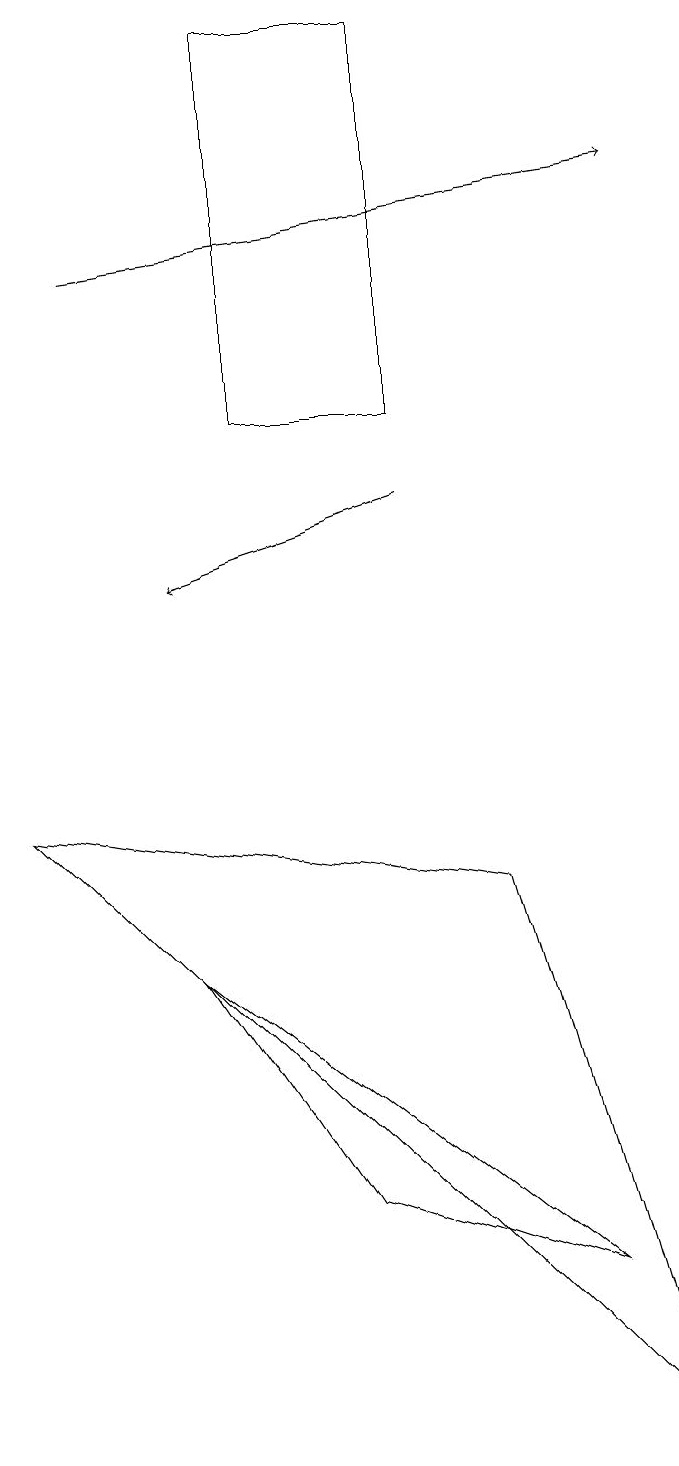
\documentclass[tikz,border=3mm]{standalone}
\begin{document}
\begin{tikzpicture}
\draw (7,3) -- (2,7) -- (4,4) -- cycle;
\draw[->] (5,13) -- (2,12);
\draw (6,8) -- (0,9) -- (8,1) -- cycle;
\draw (3,14) rectangle (5,19);
\draw[->] (1,16) -- (8,17);
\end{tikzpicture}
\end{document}